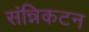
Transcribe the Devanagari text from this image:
संन्निकटन